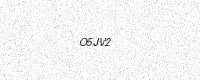
Text: O5JV2